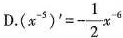
D. (x^{-5})^{ \prime }=- \frac{1}{2}x^{-6}